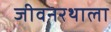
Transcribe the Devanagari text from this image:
जीवनरथाला